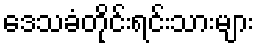
ဒေသခံတိုင်းရင်းသားများ